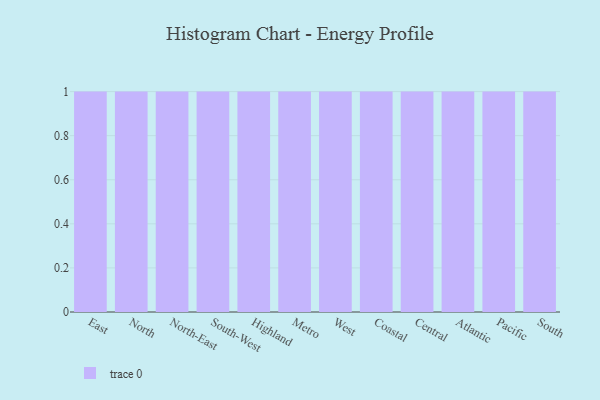
{"axis": {"x": "Region", "y": "Operating Costs (USD K)"}, "legend": [""], "data": [{"x": "East", "y": 74, "type": ""}, {"x": "North", "y": 89, "type": ""}, {"x": "North-East", "y": 51, "type": ""}, {"x": "South-West", "y": 69, "type": ""}, {"x": "Highland", "y": 69, "type": ""}, {"x": "Metro", "y": 63, "type": ""}, {"x": "West", "y": 86, "type": ""}, {"x": "Coastal", "y": 90, "type": ""}, {"x": "Central", "y": 91, "type": ""}, {"x": "Atlantic", "y": 67, "type": ""}, {"x": "Pacific", "y": 11, "type": ""}, {"x": "South", "y": 9, "type": ""}]}